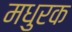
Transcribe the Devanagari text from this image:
मधुरक